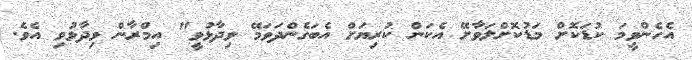
އެހެންވީމަ ކުޑަކޮށް މަޑުކޮށްލަވާށޭ އެކަން ކުރިޔަށް އެބަގެންދަވަމޭ ވިދާޅުވީ" އިމްރާން ވިދާޅުވި އެވެ.